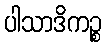
ပါသာဒိကဉ္စ